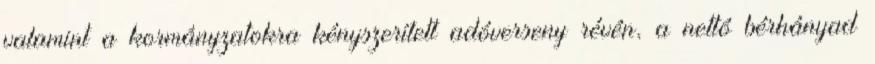
valamint a kormányzatokra kényszerített adóverseny révén, a nettó bérhányad